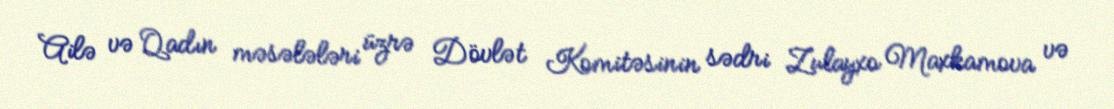
Ailə və Qadın məsələləri üzrə Dövlət Komitəsinin sədri Zulayxo Maxkamova və